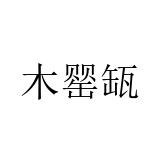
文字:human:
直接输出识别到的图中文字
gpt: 木罂缻